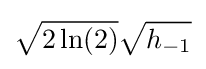
{\sqrt {2\ln(2)}}{\sqrt {h_{-1}}}